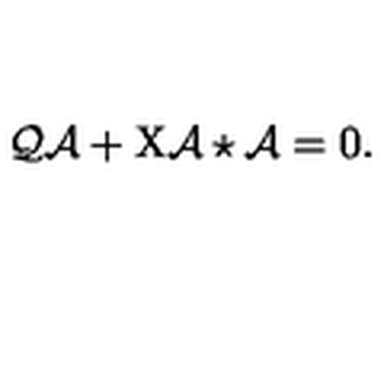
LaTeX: { \cal Q } \mathcal { A } + \mathrm { X } \mathcal { A } \star \mathcal { A } = 0 .